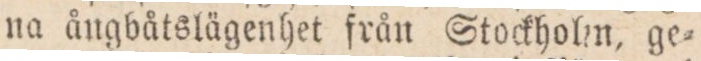
na ångbåtslägenhet från Stockholm, ge=